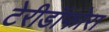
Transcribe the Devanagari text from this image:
टेरीडॉफोरा